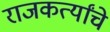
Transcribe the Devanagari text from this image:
राजकर्त्यांचे